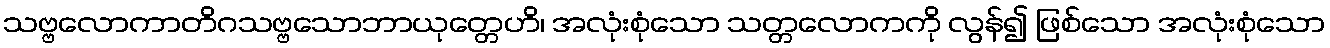
သဗ္ဗလောကာတိဂသဗ္ဗသောဘာယုတ္တေဟိ၊ အလုံးစုံသော သတ္တလောကကို လွန်၍ ဖြစ်သော အလုံးစုံသော